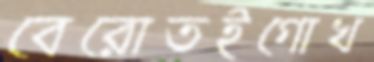
বেরোতইগোখ